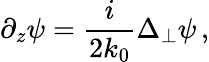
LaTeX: \partial_{z}\psi=\frac{i}{2k_{0}}\Delta_{\perp}\psi\, ,